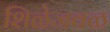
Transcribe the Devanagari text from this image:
शिळेजवळ